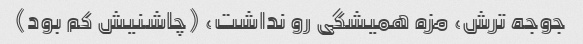
جوجه ترش، مزه همیشگی رو نداشت، (چاشنیش کم بود)